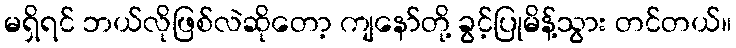
မရှိရင် ဘယ်လိုဖြစ်လဲဆိုတော့ ကျနော်တို့ ခွင့်ပြုမိန့်သွား တင်တယ်။